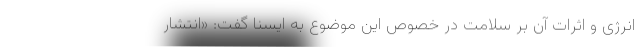
انرژی و اثرات آن بر سلامت در خصوص این موضوع به ایسنا گفت: «انتشار